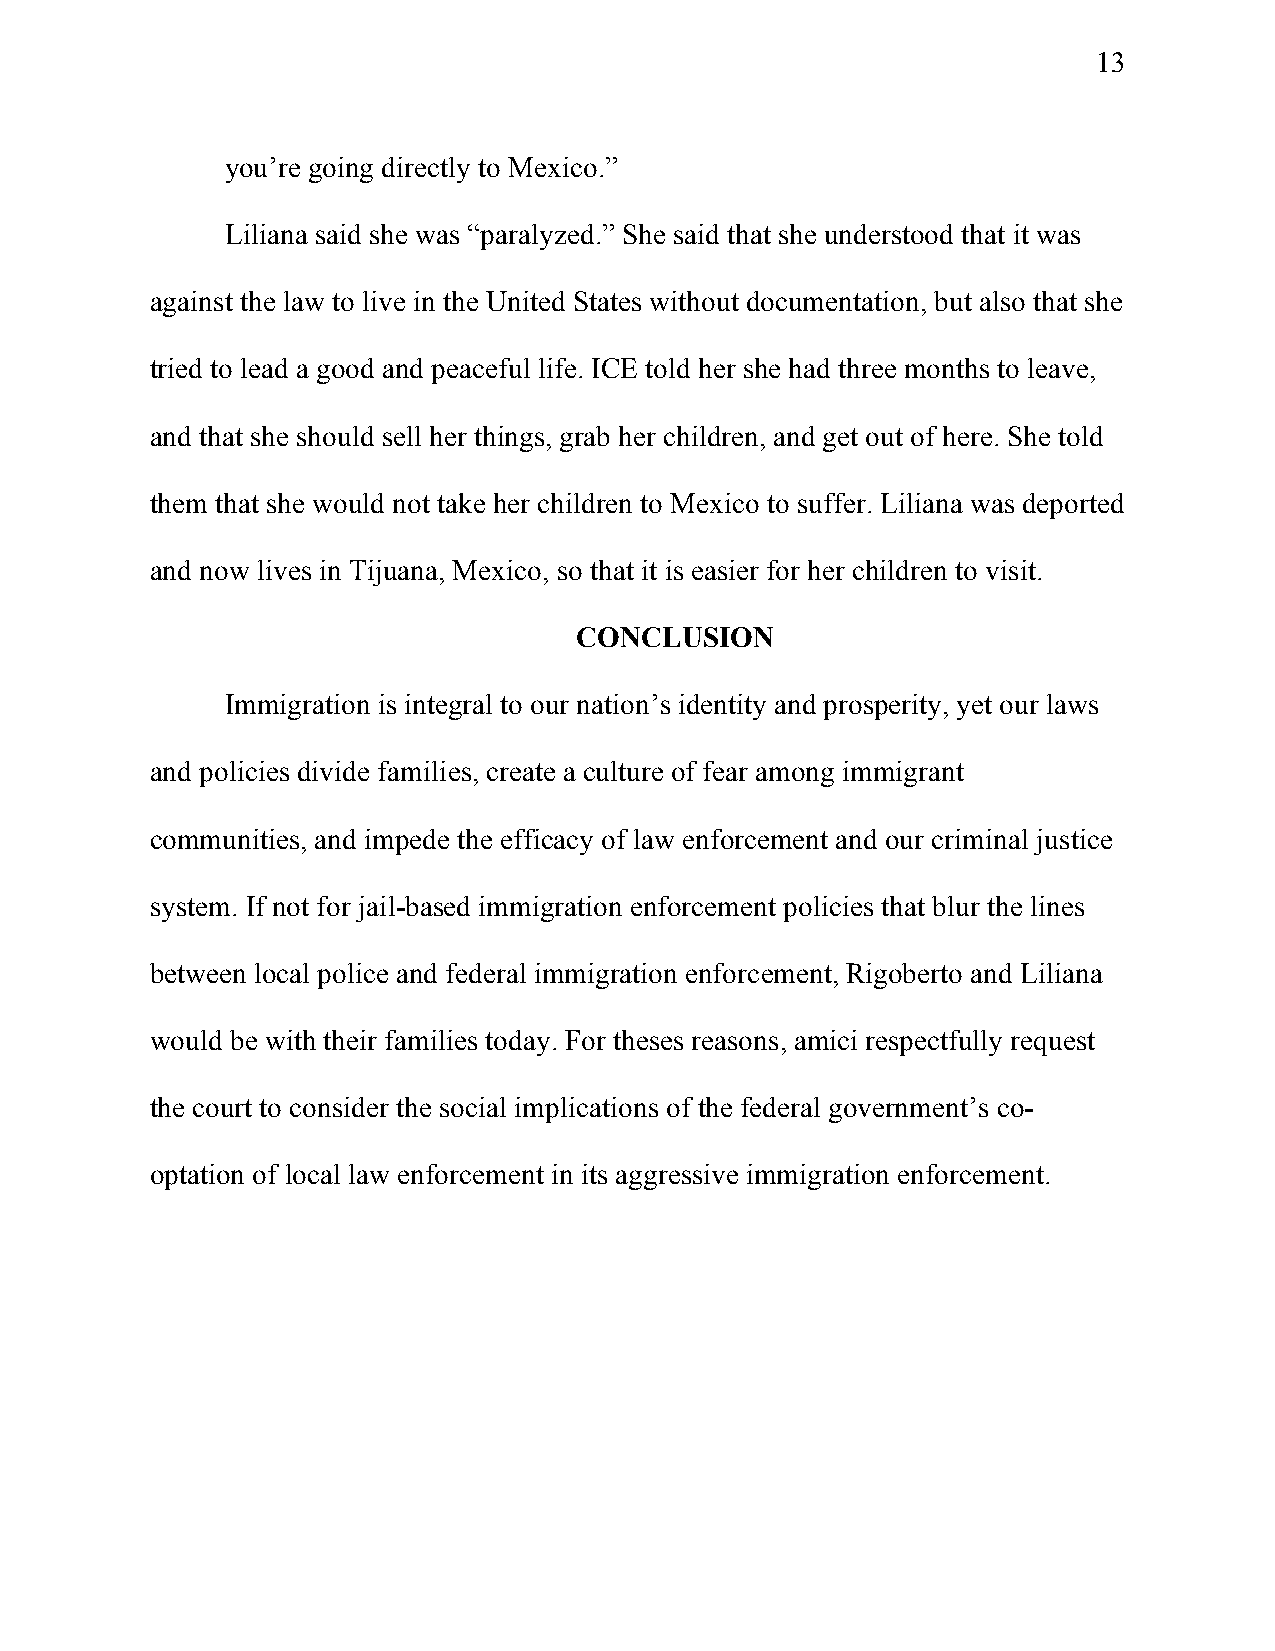
13
 you’re going directly to Mexico.”
 Liliana said she was “paralyzed.” She said that she understood that it was
 against the law to live in the United States without documentation, but also that she
 tried to lead a good and peaceful life. ICE told her she had three months to leave,
 and that she should sell her things, grab her children, and get out of here. She told
 them that she would not take her children to Mexico to suffer. Liliana was deported
 and now lives in Tijuana, Mexico, so that it is easier for her children to visit.
 CONCLUSION
 Immigration is integral to our nation’s identity and prosperity, yet our laws
 and policies divide families, create a culture of fear among immigrant
 communities, and impede the efficacy of law enforcement and our criminal justice
 system. If not for jail-based immigration enforcement policies that blur the lines
 between local police and federal immigration enforcement, Rigoberto and Liliana
 would be with their families today. For theses reasons, amici respectfully request
 the court to consider the social implications of the federal government’s co-
 optation of local law enforcement in its aggressive immigration enforcement.